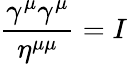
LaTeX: {\frac{\gamma^{\mu}\gamma^{\mu}}{\eta^{\mu\mu}}}=I